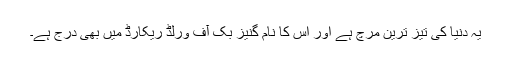
یہ دنیا کی تیز ترین مرچ ہے اور اس کا نام گنیز بک آف ورلڈ ریکارڈ میں بھی درج ہے۔